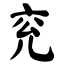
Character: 兖